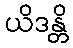
ယိဒန္တိ